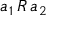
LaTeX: a _ { 1 } \, R \, a _ { 2 }